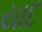
યાદ